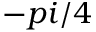
- p i / 4